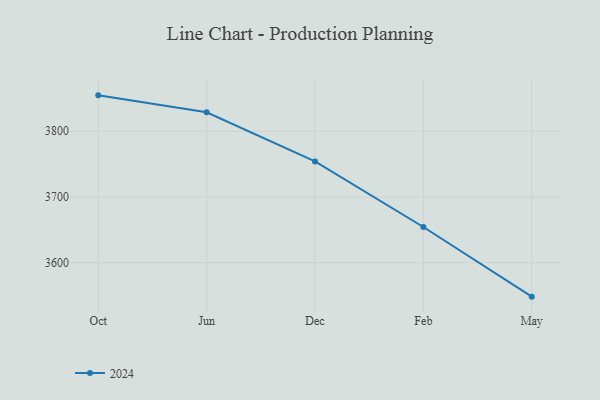
{"axis": {"x": "Month", "y": "Inventory Turnover"}, "legend": ["2024"], "data": [{"x": "Oct", "y": 3854.6, "type": "2024"}, {"x": "Jun", "y": 3828.8, "type": "2024"}, {"x": "Dec", "y": 3754.1, "type": "2024"}, {"x": "Feb", "y": 3654.3, "type": "2024"}, {"x": "May", "y": 3548.3, "type": "2024"}]}